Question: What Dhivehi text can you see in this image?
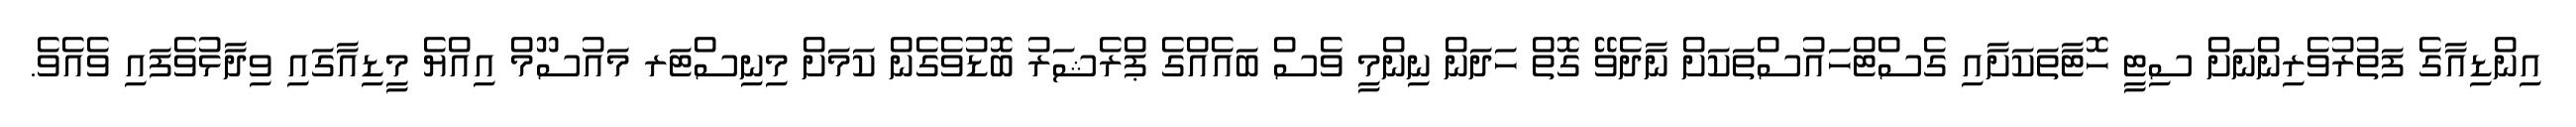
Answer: އިންޑިއާގެ ފަތުރުވެރިންނަށް ސިޓީ ހޮޓާތަކަށާއި ގެސްޓްހައުސްތަކަށް ނާދެވޭ ގޮތް ހަދަން ނިންމީ ވެސް ބައެއްގެ ޕްރެޝަރު ބޮޑުވެގެން ކަމަށް މިނިސްޓަރ މައުސޫމް އިއްޔެ މީޑިއާގައި ވިދާޅުވެފައި ވެއެވެ.